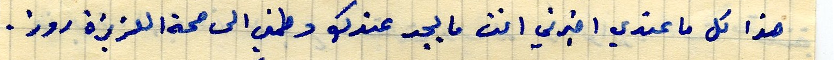
هذا كل ما عندي اخبرني انت ما يجد عندك وطمني الى صحة العزيزة روز.